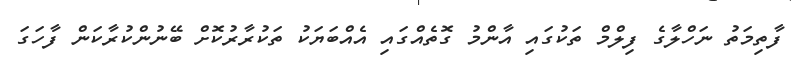
ފާތިމަތު ނަހްލާގެ ފިލްމް ތަކުގައި އާންމު ގޮތެއްގައި އެއްބަޔަކު ތަކުރާރުކޮށް ބޭނުންކުރާކަން ފާހަގަ